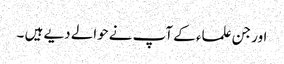
اور جن علماء کے آپ نے‌حوالے دیے ہیں ۔